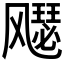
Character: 𫗋